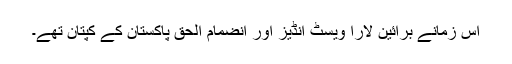
اُس زمانے برائین لارا ویسٹ انڈیز اور انضمام الحق پاکستان کے کپتان تھے۔